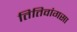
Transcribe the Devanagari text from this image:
तितिवांगसा